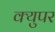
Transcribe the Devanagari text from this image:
क्युपर